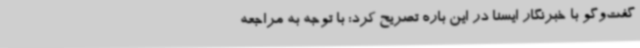
گفت‌وگو با خبرنگار ایسنا در این باره تصریح کرد: با توجه به مراجعه